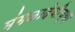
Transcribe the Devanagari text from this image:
मंगळादेवीच्या